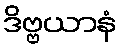
ဒိဗ္ဗယာနံ